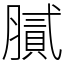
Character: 膩